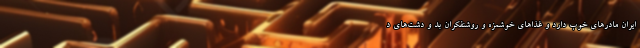
ایران مادرهای خوب دارد و غذاهای خوشمزه و روشنفکران بد و دشت‌های د